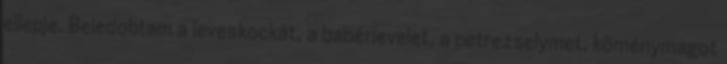
ellepje. Beledobtam a leveskockát, a babérlevelet, a petrezselymet, köménymagot